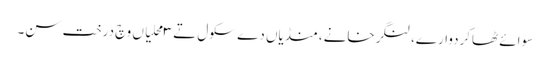
سوائے ٹھاکردوارے، لنگرخانے، منڈیاں دے سکول تے ٣ محلیاں وچ درخت سن۔